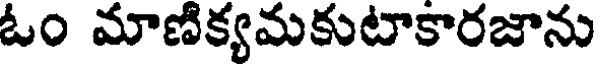
ఓం మాణిక్యమకుటాకారజాను